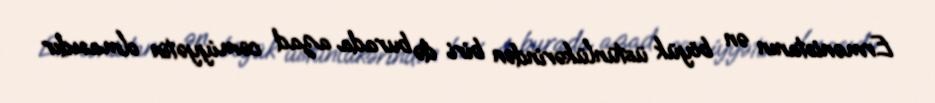
Ermənistanın ən böyük üstünlükərindən biri də burada azad cəmiyyətin olmasıdır